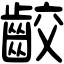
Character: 齩